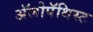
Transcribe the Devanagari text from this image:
अॅलोपॅथिस्ट